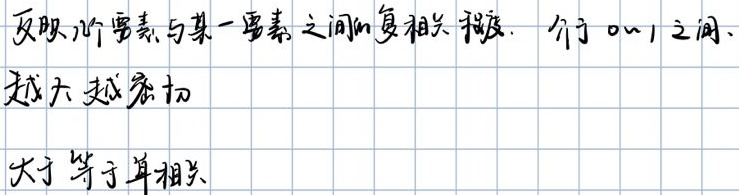
反映所有要素与某一要素之间的复相关程度. 介于 0~1 之间,越大越密切
大于等于单相关